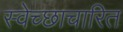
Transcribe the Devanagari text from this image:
स्वेच्छाचारित